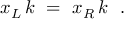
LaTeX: x _ { L } \, k \ = \ x _ { R } \, k \ \ .